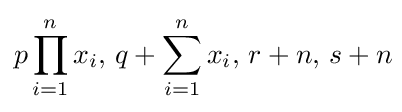
p\prod _{i=1}^{n}x_{i},\,q+\sum _{i=1}^{n}x_{i},\,r+n,\,s+n\!